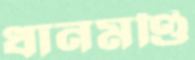
ধানমণ্ডি